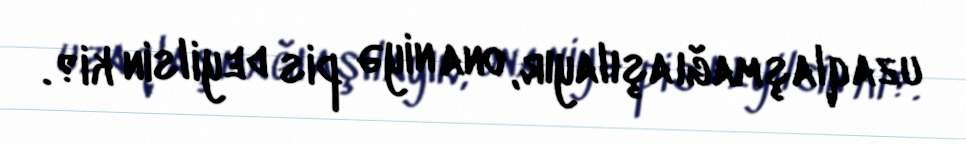
uzaqlaşmağı aşılayır, ona niyə pis deyilsin ki?.